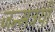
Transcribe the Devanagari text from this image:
जन्मत्रयी